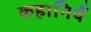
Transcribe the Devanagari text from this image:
कहानियँ